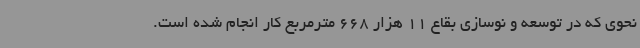
نحوی که در توسعه و نوسازی بقاع 11 هزار 668 مترمربع کار انجام شده است.